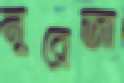
নুরেজা